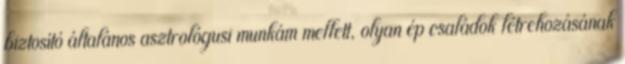
biztosító általános asztrológusi munkám mellett, olyan ép családok létrehozásának